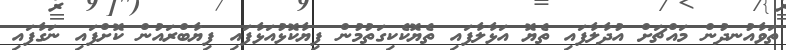
ތަވާއުނދުން މައްޗަށް އުދާލާފައި ތެޔޮ އަޅާލާފައި ތެޔޮކެކިގަތުމުން ފިޔާކޮޅުއަޅާފައި ފިޔާބްރައުން ކޮށްފައި ނަގާފައި